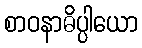
စာဝနာဓိပ္ပါယော